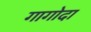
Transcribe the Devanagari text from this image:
गागोदा